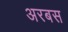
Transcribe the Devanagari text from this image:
अरबस